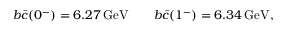
{ b \bar { c } } ( 0 ^ { - } ) = 6 . 2 7 \, \mathrm { G e V } \qquad { b \bar { c } } ( 1 ^ { - } ) = 6 . 3 4 \, \mathrm { G e V } ,